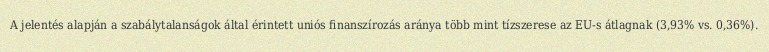
A jelentés alapján a szabálytalanságok által érintett uniós finanszírozás aránya több mint tízszerese az EU-s átlagnak (3,93% vs. 0,36%).